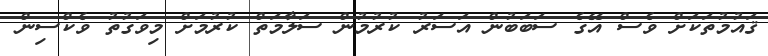
ޤައުމުތަކަށް ވެސް އޭގެ ސަބަބުން އަސަރު ކުރުމުން ސަލާމަތް ކުރުމަށް މިވަގުތު ވެކްސިން